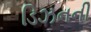
ડિઝનની